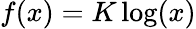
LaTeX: f(x)=K\log(x)